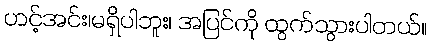
ဟင့်အင်း၊မရှိပါဘူး၊ အပြင်ကို ထွက်သွားပါတယ်။